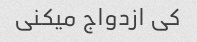
کی ازدواج میکنی